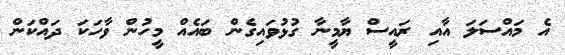
އެ މައްސަލަ އާއި ރައީސް ޔާމީނާ ގުޅުވައިގެން ބައެއް މީހުން ވާހަކަ ދައްކަން